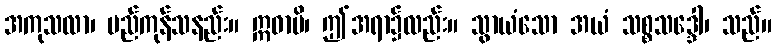
အကုသလာ၊ မည်ကုန်သနည်း။ ဣဓာပိ၊ ဤအရာ၌လည်း။ သွာယံသော အယံ သစ္စသဒ္ဒေါ၊ သည်။